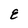
Character: E